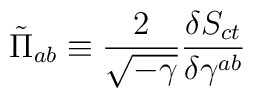
\tilde{\Pi}_{ab}\equiv \frac{2}{\sqrt{-\gamma }}\frac{\delta S_{ct}}{\delta\gamma ^{ab}}